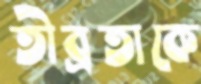
তীব্রতাকে